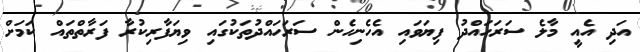
އަދި އެއީ މާލެ ސަރަހައްދު ފިޔަވައި އެހެނިހެން ސަރަހައްދުތަކުގައި ވިޔަފާރިކުރާ ފަރާތްތައް ކަމަށް